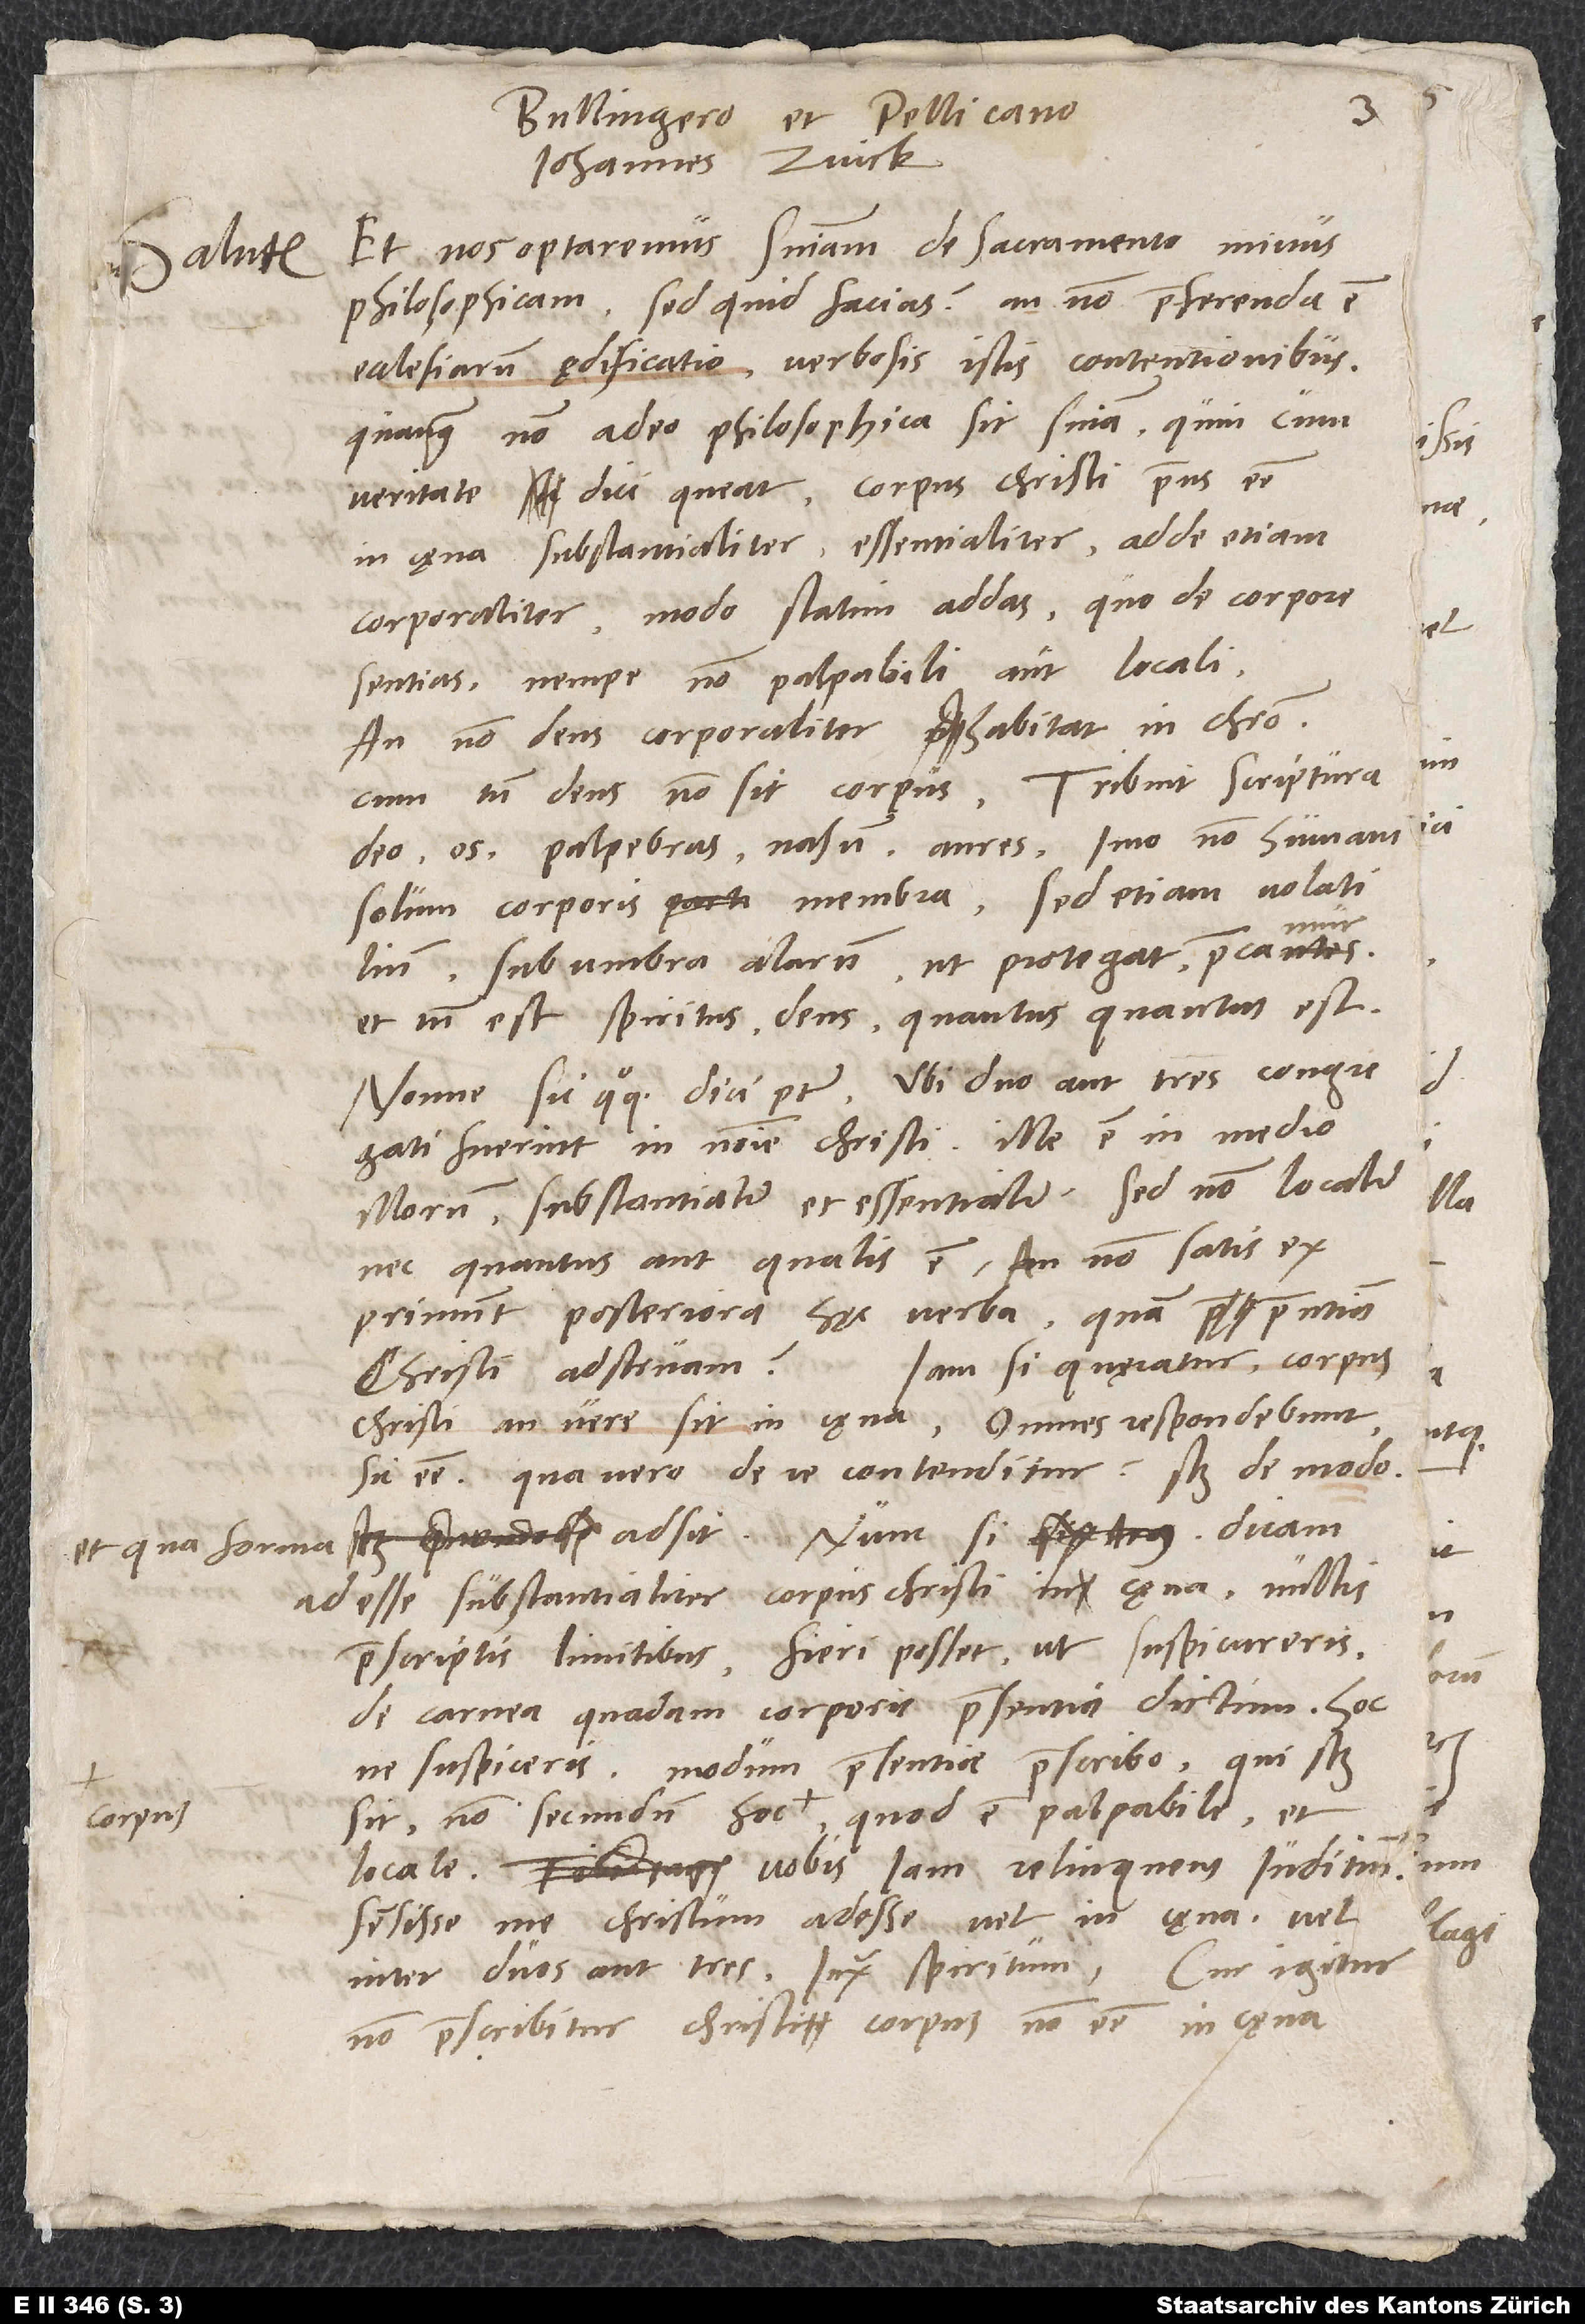
Bullingero et Pellicano
Johannes Zvick.
Et nos optaremus sententiam de sacramento minus
Salutem.
philosophicam, sed quid facias? An non praeferenda est
ecclesiarum ędificatio verbosis istis contentionibus
quanquam non adeo philosophica sit sententia, quin cum
veritate dici queat, corpus Christi praesens esse
in cęna substantialiter, essentialiter, adde etiam
corporaliter, modo statim addas, quo de corpore
sentias, nempe non palpabili aut locali.
An non deus corporaliter habitat in Christo,
cum tamen deus non sit corpus? Tribuit scriptura
deo os, palpebras, nasum, aures, imo non humani
solum corporis membra, sed etiam volatilium:
Sub umbra alarum ut protegat, precamur,
et tamen est spiritus deus quantusquantus est.
Nonne sic quoque dici potest: Ubi duo aut tres congregati
fuerint in nomine Christi, ille est in medio
illorum substantialiter et essentialiter, sed non localiter,
nec quantus aut qualis est. An non satis
exprimunt posteriora hęc verba, quam praesentiam
Iam si quaeratur, corpus
Christi adstruam?
Christi an vere sit in caena, omnes respondebunt
sic esse. Qua vero de re contenditur? Scilicet de modo,
adsit. Nunc si dicam
et qua forma
adesse substantialiter corpus Christi in cęna nullis
praescriptis limitibus, fieri posset, ut suspicareris
de carnea quadam corporis praesentia dictum. Hoc
ne suspiceris, modum praesentiae praescribo, que scilicet
sit non secundum hoc corpus, quod est palpabile et
locale, vobis iam relinquens iuditium
sensisse me Christum adesse vel in cęna vel
inter duos aut tres iuxta spiritum. Cur igitur
non praescribitur Christi corpus non esse in caena